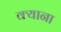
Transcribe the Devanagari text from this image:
क्याना